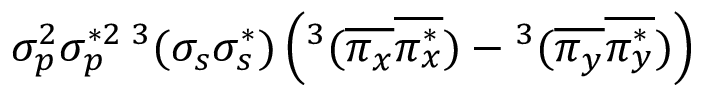
\sigma _ { p } ^ { 2 } \sigma _ { p } ^ { * 2 } { } \, ^ { 3 } ( \sigma _ { s } \sigma _ { s } ^ { * } ) \left( ^ 3 ( \overline { { \pi _ { x } } } \overline { { \pi _ { x } ^ { * } } } ) - { } ^ { 3 } ( \overline { { \pi _ { y } } } \overline { { \pi _ { y } ^ { * } } } ) \right)